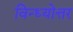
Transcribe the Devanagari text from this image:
विन्ध्योत्तर